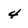
Character: 4